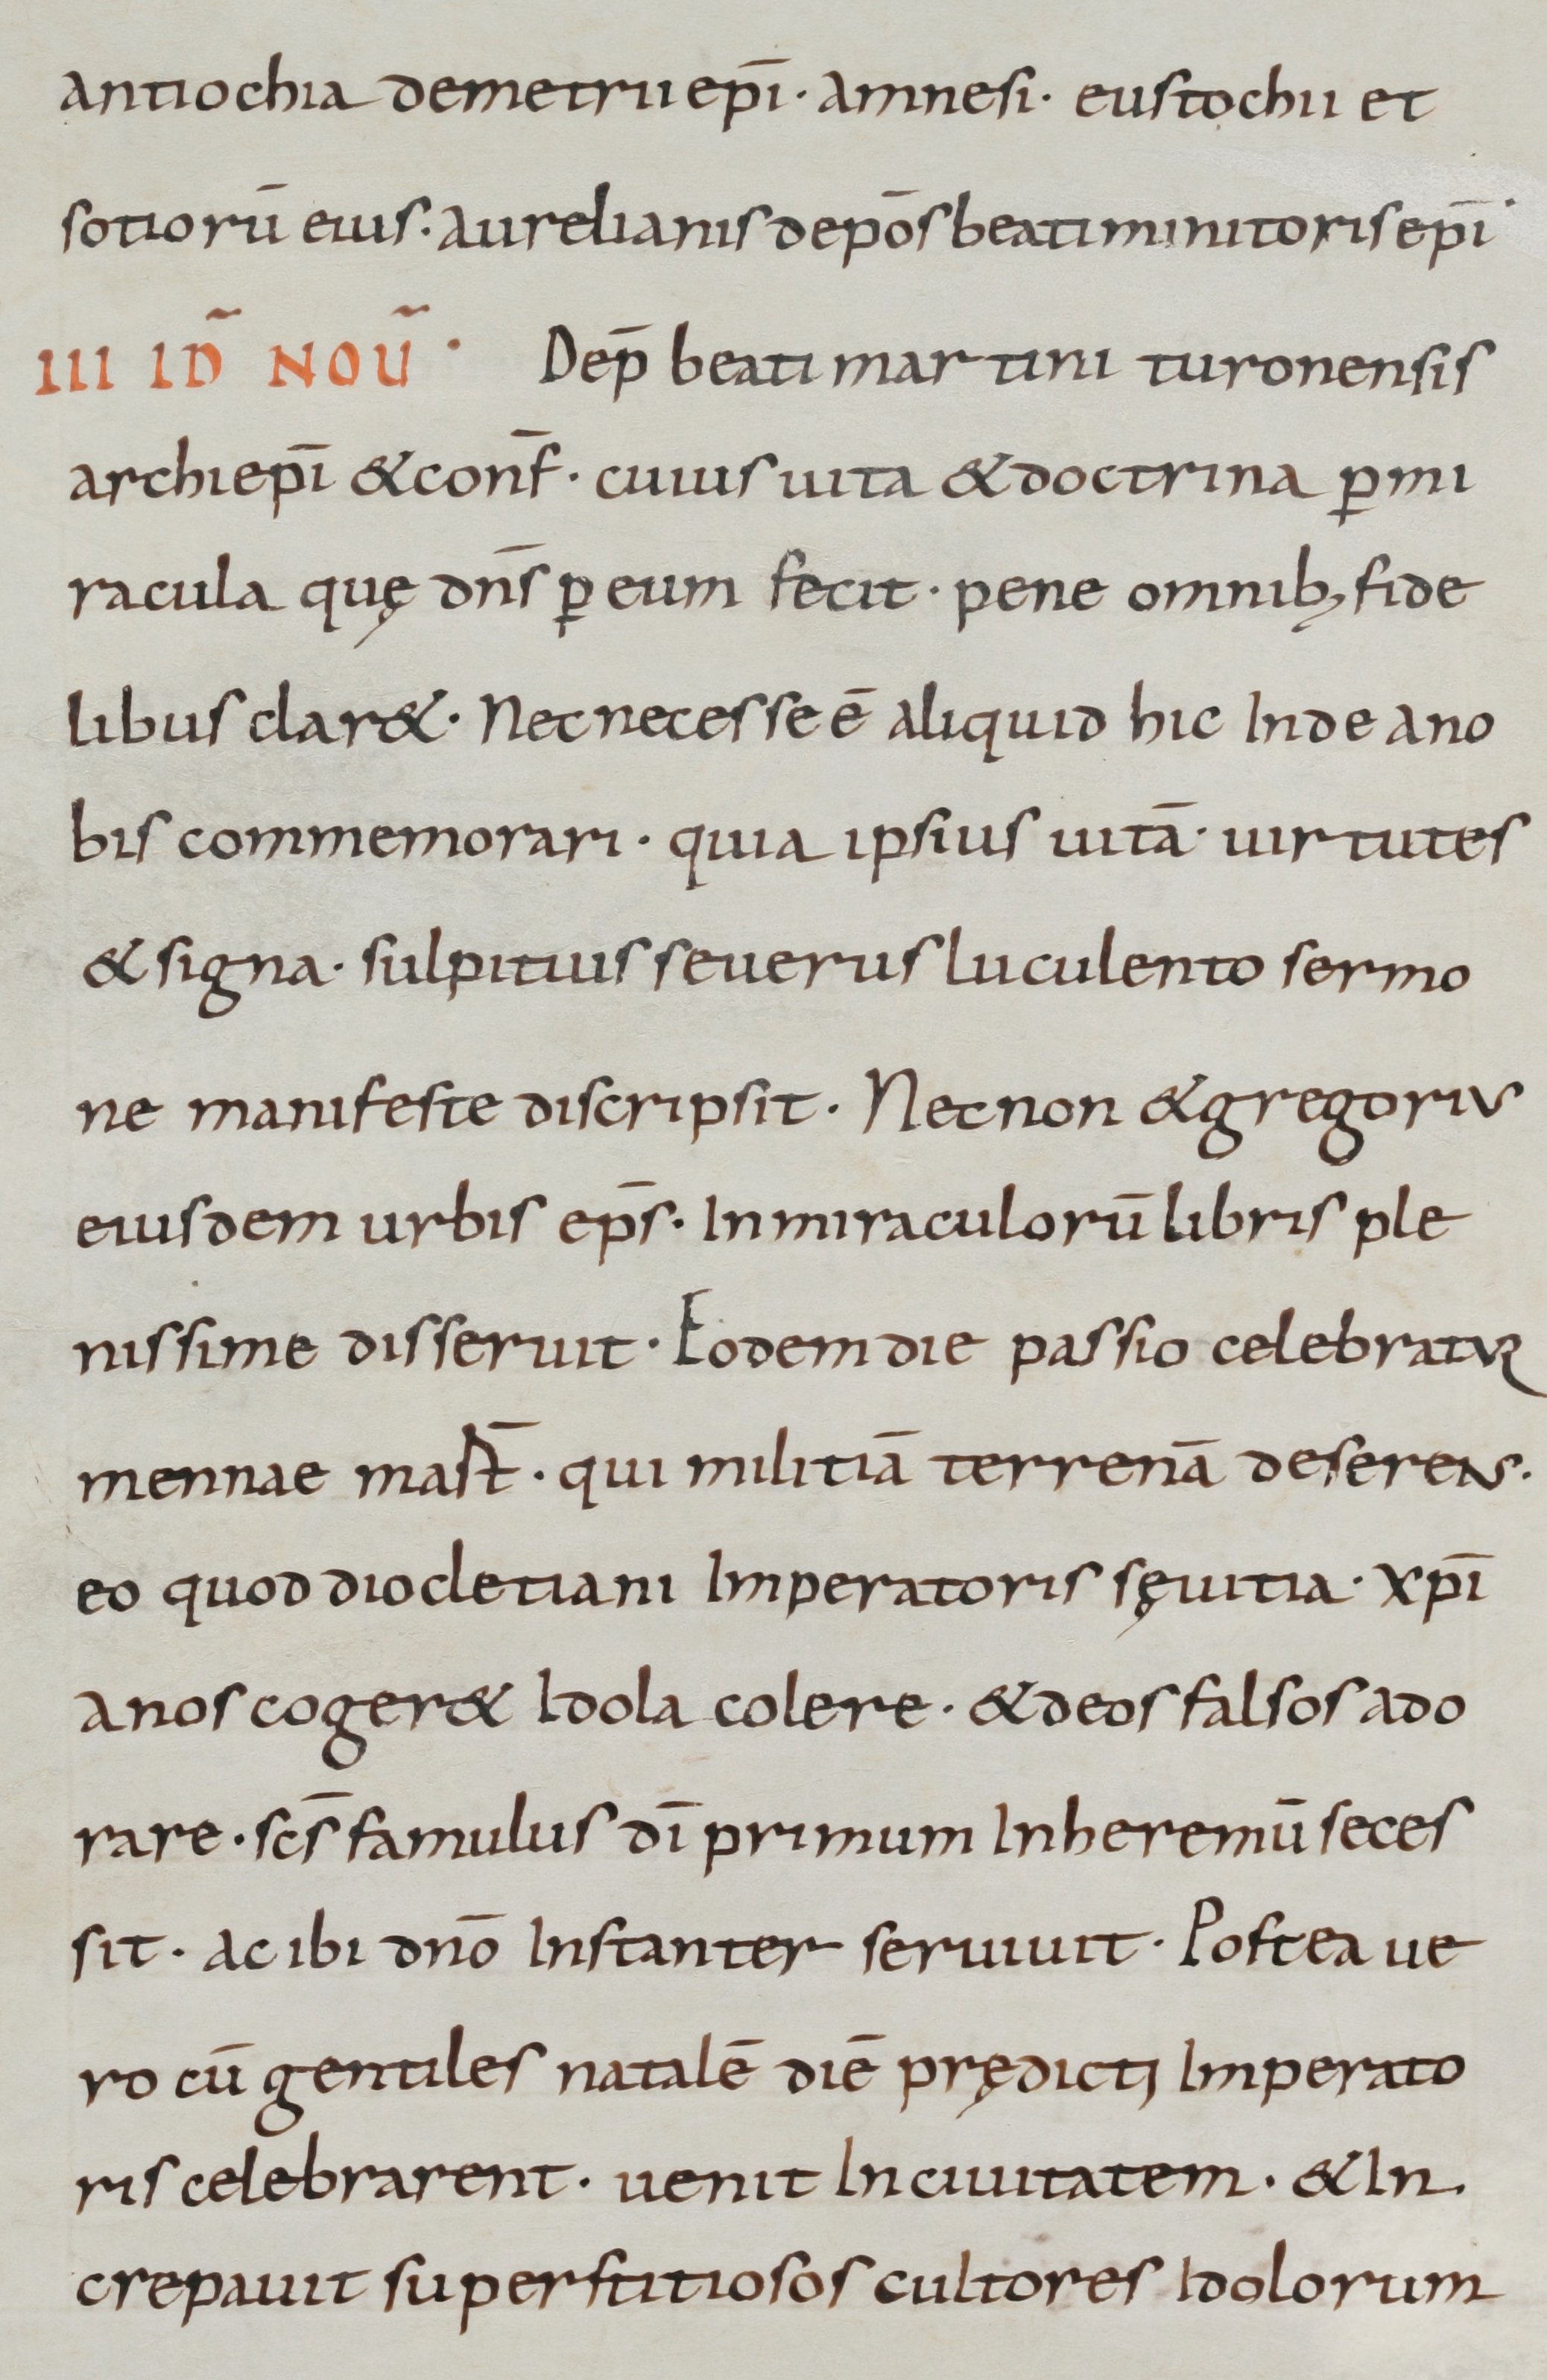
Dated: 800–899